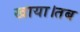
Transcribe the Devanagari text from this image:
खाया।तब